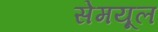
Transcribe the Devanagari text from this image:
सेमयूल